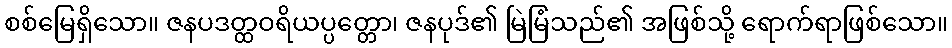
စစ်မြေရှိသော။ ဇနပဒတ္ထဝရိယပ္ပတ္တော၊ ဇနပုဒ်၏ မြဲမြံသည်၏ အဖြစ်သို့ ရောက်ရာဖြစ်သော။